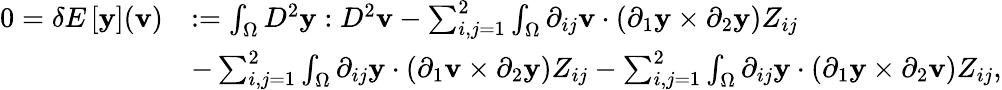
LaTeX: \begin{array}{rl}{0=\delta E\left[\mathbf{y}\right](\mathbf{v})}&{:=\int_{\Omega}D^{2}\mathbf{y}:D^{2}\mathbf{v}-\sum_{i,j=1}^{2}\int_{\Omega}\partial_{ij}\mathbf{v}\cdot(\partial_{1}\mathbf{y}\times\partial_{2}\mathbf{y})Z_{ij}}\\ &{-\sum_{i,j=1}^{2}\int_{\Omega}\partial_{ij}\mathbf{y}\cdot(\partial_{1}\mathbf{v}\times\partial_{2}\mathbf{y})Z_{ij}-\sum_{i,j=1}^{2}\int_{\Omega}\partial_{ij}\mathbf{y}\cdot(\partial_{1}\mathbf{y}\times\partial_{2}\mathbf{v})Z_{ij},}\end{array}